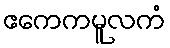
ဧကေကမူလကံ